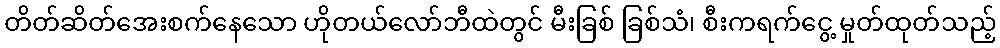
တိတ်ဆိတ်အေးစက်နေသော ဟိုတယ်လော်ဘီထဲတွင် မီးခြစ် ခြစ်သံ၊ စီးကရက်ငွေ့ မှုတ်ထုတ်သည့်